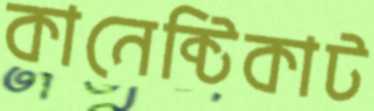
কানেক্টিকাট